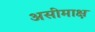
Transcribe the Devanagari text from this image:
असीमाक्ष